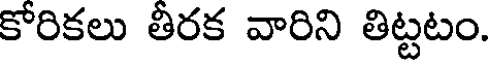
కోరికలు తీరక వారిని తిట్టటం.